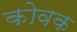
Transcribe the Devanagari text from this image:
कोवक